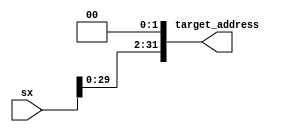
module shift_2_bit(sx, target_address);
	input [31:0] sx;
	output [31:0] target_address;
	
	assign target_address[31:2] = sx[29:0];
	assign target_address[1:0] = 2'b00;
endmodule